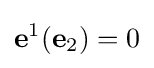
\mathbf {e} ^{1}(\mathbf {e} _{2})=0